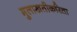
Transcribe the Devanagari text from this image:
मुलाखतीकरिता